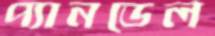
প্যানডেল